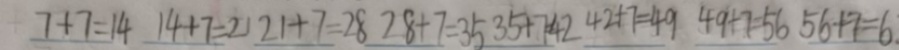
7 + 7 = 1 4 1 4 + 7 = 2 1 2 1 + 7 = 2 8 2 8 + 7 = 3 5 3 5 + 7 = 4 2 4 2 + 7 = 4 9 4 9 + 7 = 5 6 5 6 + 7 = 6